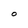
Character: O